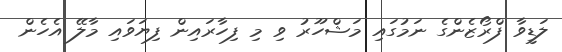
ލަޑީވާ ފްރޯޒެންގެ ނަމުގައި މަޝްހޫރު ވި މި ފިހާރައިން ފިޔަވައި މާލޭ އެހެން